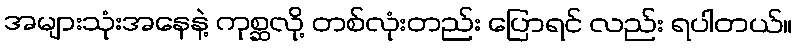
အများသုံးအနေနဲ့ ကုစ္ဆလို့ တစ်လုံးတည်း ပြောရင် လည်း ရပါတယ်။